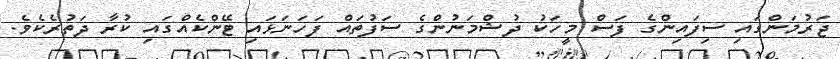
ޖަރުމަންގައި ސިފައިންގެ ފަސް މީހަކު ދުޝްމަނުންގެ ސަފުތައް ފަހަނަޅައި ޓޭންކެއްގައި ކުރާ ދަތުރެކެވެ.